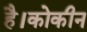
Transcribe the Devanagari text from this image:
है।कोकीन